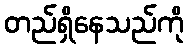
တည်ရှိနေသည်ကို